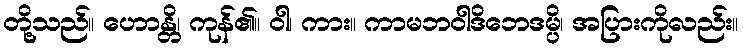
တို့သည်။ ဟောန္တိ၊ ကုန်၏။ ဝါ၊ ကား။ ကာမဘဝါဒိဘေဒမ္ပိ၊ အပြားကိုလည်း။